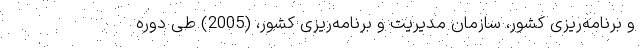
و برنامه‌ریزی کشور، سازمان مدیریت و برنامه‌ریزی کشور، (2005) طی دوره